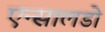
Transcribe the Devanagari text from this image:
एन्सालडो